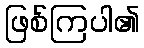
ဖြစ်ကြပါ၏